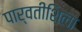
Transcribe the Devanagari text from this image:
पार्वतीशिला